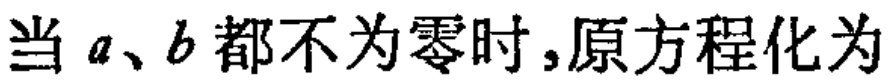
当 \(a、b\) 都不为零时，原方程化为